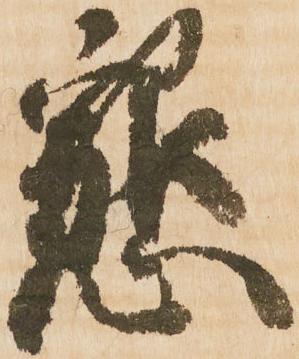
懇